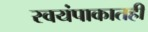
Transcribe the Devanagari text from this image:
स्वयंपाकातही